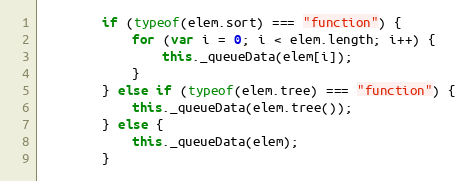
Language: JavaScript
        if (typeof(elem.sort) === "function") {
            for (var i = 0; i < elem.length; i++) {
                this._queueData(elem[i]);
            }
        } else if (typeof(elem.tree) === "function") {
            this._queueData(elem.tree());
        } else {
            this._queueData(elem);
        }